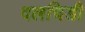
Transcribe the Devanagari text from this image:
दलचिडी